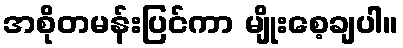
အစိုတမန်းပြင်ကာ မျိုးစေ့ချပါ။